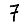
Digit: 7